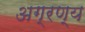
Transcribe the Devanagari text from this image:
अग्रण्य